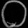
Digit: ၀